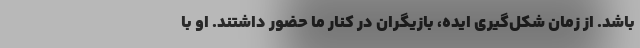
باشد. از زمان شکل‌گیری ایده، بازیگران در کنار ما حضور داشتند. او با